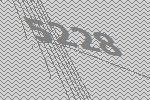
5228